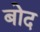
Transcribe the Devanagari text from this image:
बोद